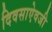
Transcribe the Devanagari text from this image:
दिवसाऐवजी